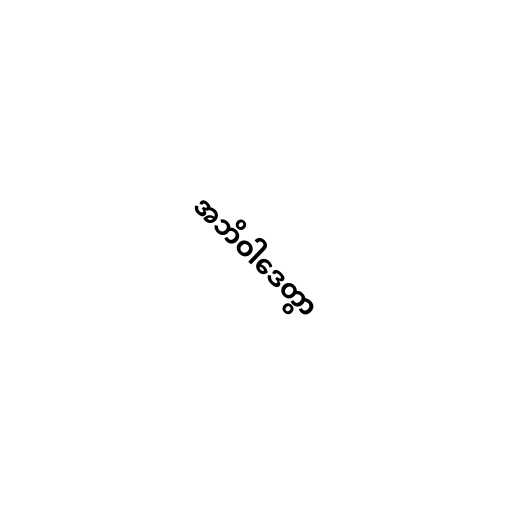
အဘိဝါဒေတွာ